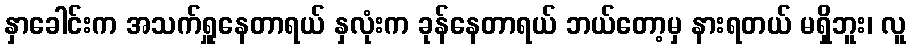
နှာခေါင်းက အသက်ရှူနေတာရယ် နှလုံးက ခုန်နေတာရယ် ဘယ်တော့မှ နားရတယ် မရှိဘူး၊ လူ